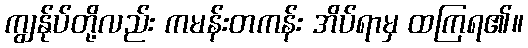
ကျွန်ုပ်တို့လည်း ကမန်းတကန်း အိပ်ရာမှ ထကြရ၏။